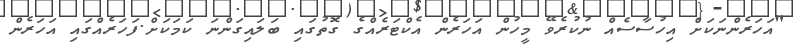
"އަހަރެންނަކަށް އިހުސާސެއް ނުކުރެވޭ މީހުން އަހަރެން އެކްޓަރެއްގެ ގޮތުގައި ބަލައިގަންނަ ކަމަކަށް.ފަހަރެއްގައި އަހަރެން